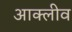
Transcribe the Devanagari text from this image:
आक्लीव